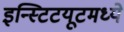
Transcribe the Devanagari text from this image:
इन्स्टिटयूटमध्ये